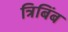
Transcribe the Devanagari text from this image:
त्रिबिंब